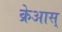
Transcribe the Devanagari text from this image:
क्रेआस्